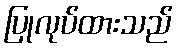
ပြုလုပ်ထားသည်